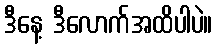
ဒီနေ့ ဒီလောက်အထိပါပဲ။